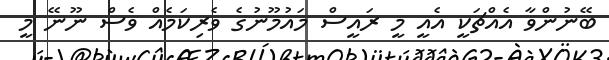
ބޭނުންވާ އެއްޗަކީ އެއީ މީ ރައީސް މައުމޫނުގެ ވެރިކަމެއް ވެސް ނޫނޭ މީ